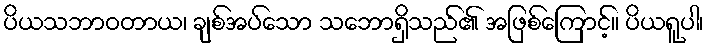
ပိယသဘာဝတာယ၊ ချစ်အပ်သော သဘောရှိသည်၏ အဖြစ်ကြောင့်။ ပိယရူပါ၊